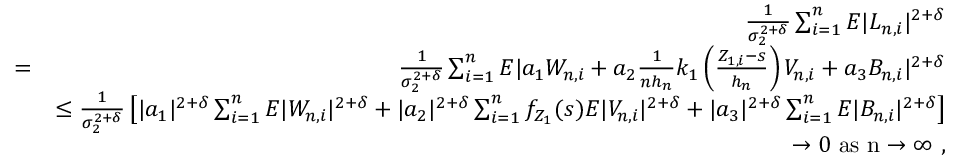
\begin{array} { r l r } & { } & { \frac { 1 } { \sigma _ { 2 } ^ { 2 + \delta } } \sum _ { i = 1 } ^ { n } E | L _ { n , i } | ^ { 2 + \delta } } \\ & { = } & { \frac { 1 } { \sigma _ { 2 } ^ { 2 + \delta } } \sum _ { i = 1 } ^ { n } E | a _ { 1 } W _ { n , i } + a _ { 2 } \frac { 1 } { n h _ { n } } k _ { 1 } \left( \frac { Z _ { 1 , i } - s } { h _ { n } } \right) V _ { n , i } + a _ { 3 } B _ { n , i } | ^ { 2 + \delta } } \\ & { } & { \leq \frac { 1 } { \sigma _ { 2 } ^ { 2 + \delta } } \left[ | a _ { 1 } | ^ { 2 + \delta } \sum _ { i = 1 } ^ { n } E | W _ { n , i } | ^ { 2 + \delta } + | a _ { 2 } | ^ { 2 + \delta } \sum _ { i = 1 } ^ { n } f _ { Z _ { 1 } } ( s ) E | V _ { n , i } | ^ { 2 + \delta } + | a _ { 3 } | ^ { 2 + \delta } \sum _ { i = 1 } ^ { n } E | B _ { n , i } | ^ { 2 + \delta } \right] } \\ & { } & { \rightarrow 0 ~ \mathrm { a s ~ n \rightarrow \infty ~ } , } \end{array}